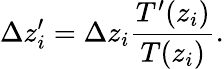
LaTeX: \Delta z_{i}^{\prime}=\Delta z_{i}\frac{T^{\prime}(z_{i})}{T(z_{i})}.